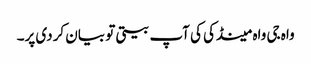
واہ جی واہ مینڈکی کی آپ بیتی تو بیان کردی پر۔